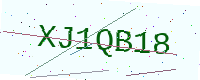
Text: XJ1QB18